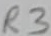
Text: R3